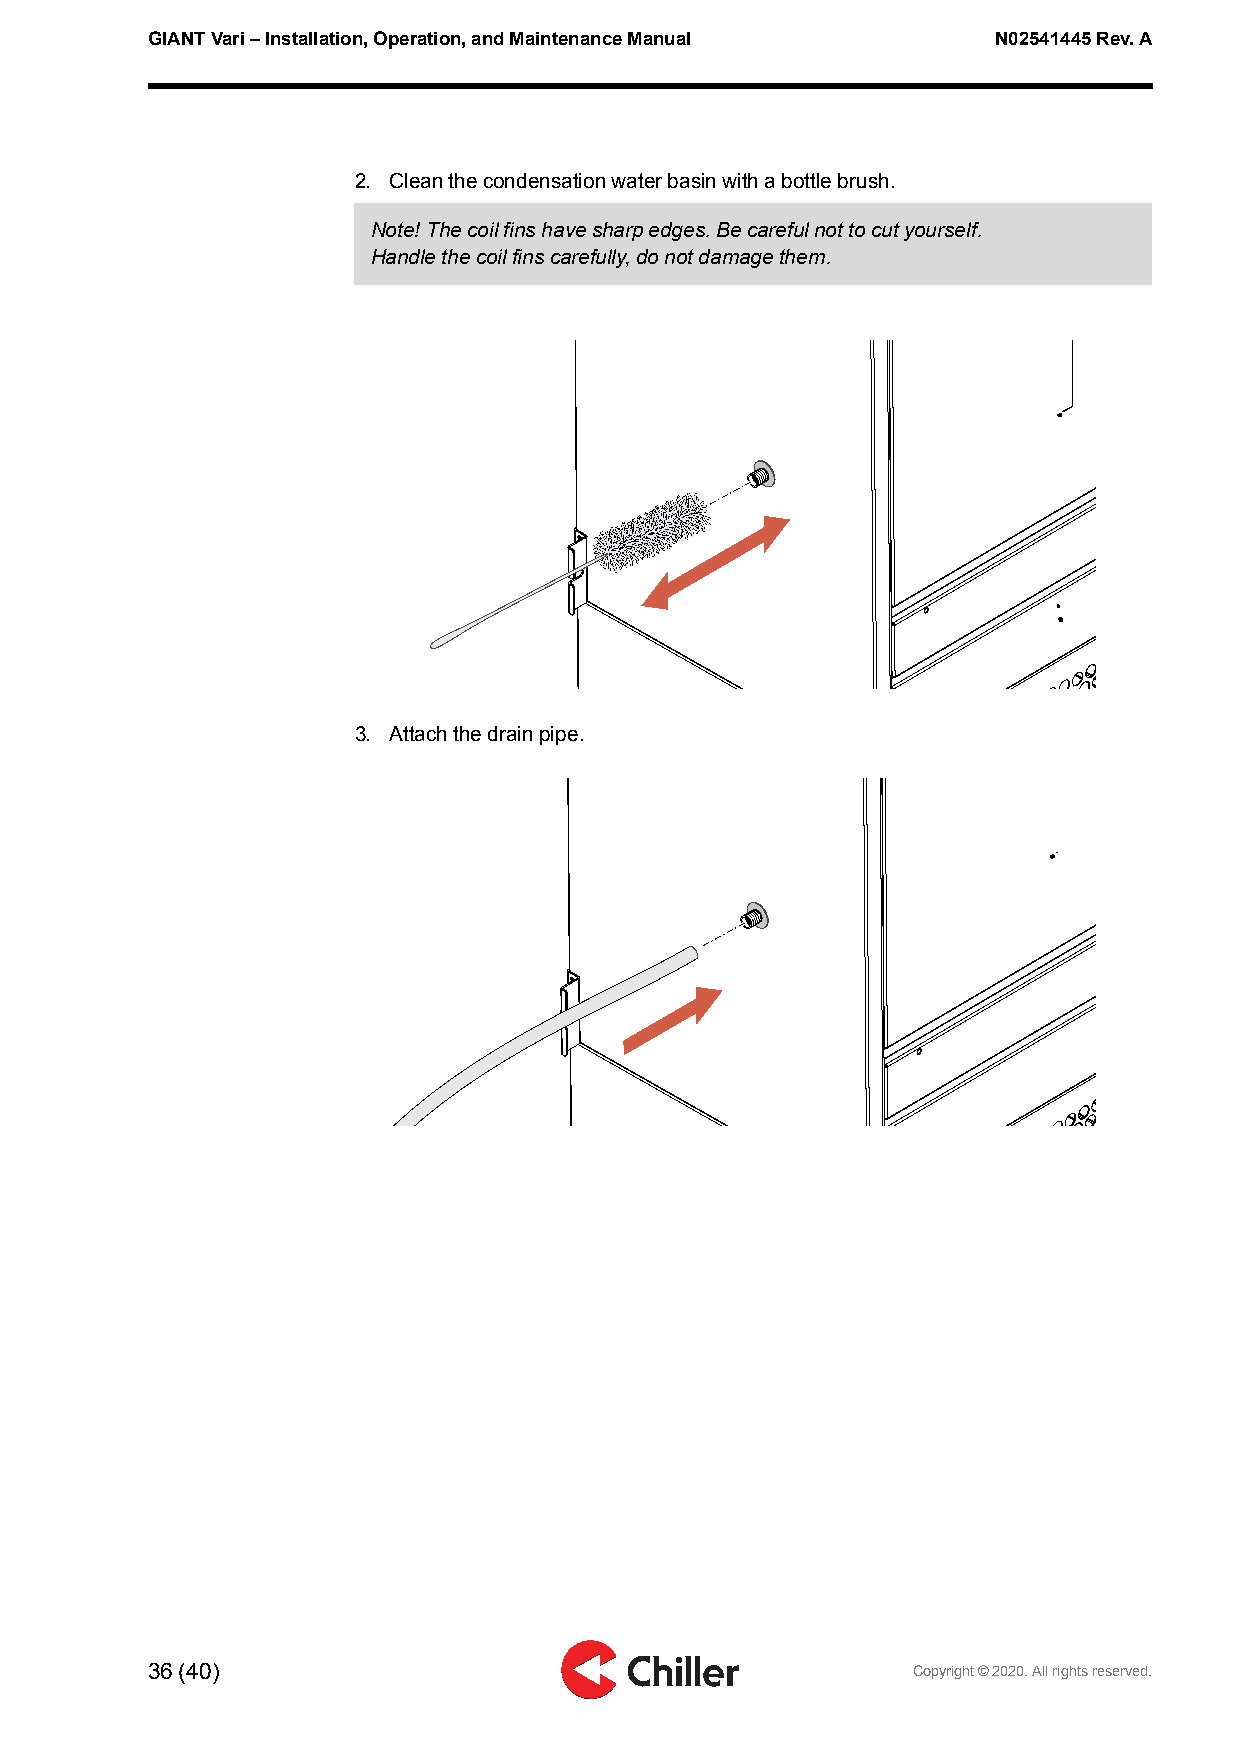
GIANTVari–Installation,Operation,andMaintenanceManual   N02541445Rev.A
 2. Cleanthecondensationwaterbasinwithabottlebrush.
 Note!Thecoilfinshavesharpedges.Becarefulnottocutyourself.
 Handlethecoilfinscarefully,donotdamagethem.
 3. Attachthedrainpipe.
 36(40)                                            Copyright©2020.Allrightsreserved.